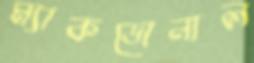
ম্যাকডোনাল